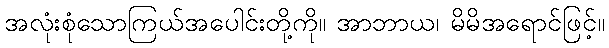
အလုံးစုံသောကြယ်အပေါင်းတို့ကို။ အာဘာယ၊ မိမိအရောင်ဖြင့်။